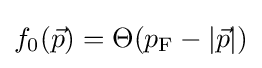
f_{0}({\vec {p}})=\Theta (p_{\rm {F}}-|{\vec {p}}|)